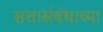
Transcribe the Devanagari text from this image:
सत्तासंबंधाच्या